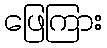
ဖြေကြား